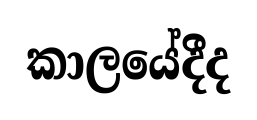
කාලයේදීද